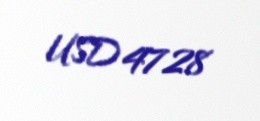
USD 4728